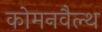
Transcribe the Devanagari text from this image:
कोमनवैल्थ